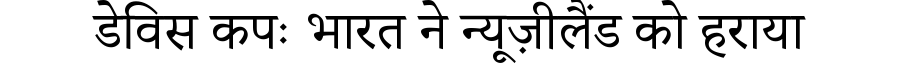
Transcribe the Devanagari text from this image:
डेविस कपः भारत ने न्यूज़ीलैंड को हराया